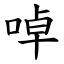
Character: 啅